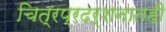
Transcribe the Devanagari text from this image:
चित्रप्रदर्शनातही